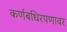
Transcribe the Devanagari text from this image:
कर्णबधिरपणावर